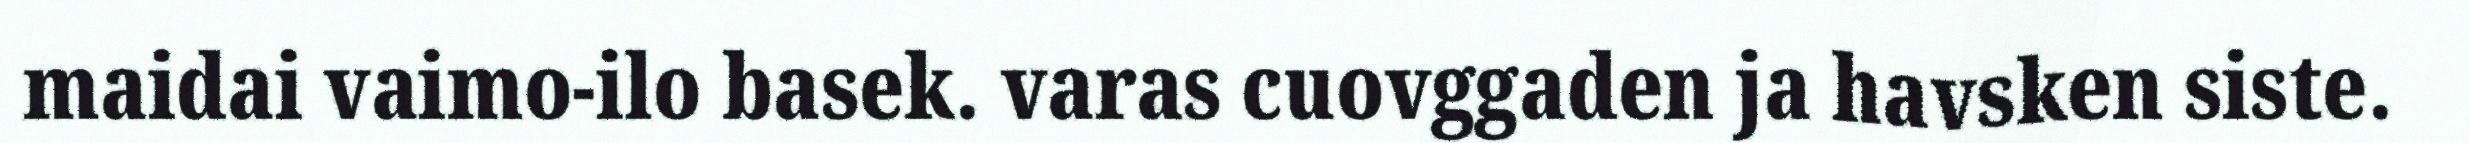
maidai vaimo-ilo basek. varas cuovggaden ja havsken siste.